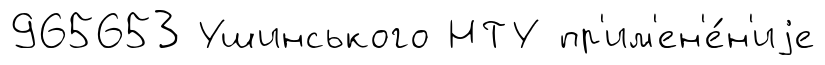
965653 Ушинського НТУ пр'им'ен'е́н'иjе